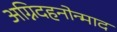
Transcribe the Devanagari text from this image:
अग्निदहनोन्माद